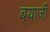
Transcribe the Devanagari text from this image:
बयाजी